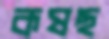
কষছ